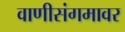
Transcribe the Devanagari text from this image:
वाणीसंगमावर